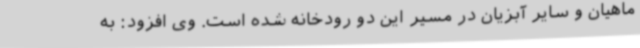
ماهیان و سایر آبزیان در مسیر این دو رودخانه شده است. وی افزود: به